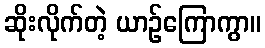
ဆိုးလိုက်တဲ့ ယာဉ်ကြောကွာ။